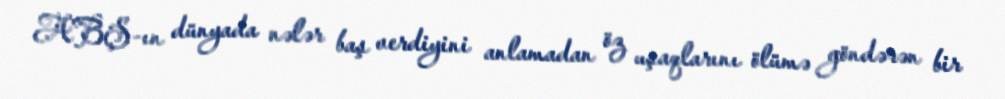
ABŞ-ın dünyada nələr baş verdiyini anlamadan öz uşaqlarını ölümə göndərən bir